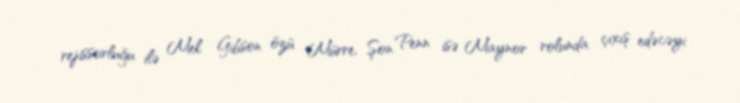
rejissorluğu ilə Mel Gibson özü Mürre, Şon Penn isə Maynor rolunda çıxış edəcəyi